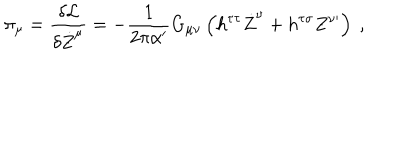
\pi _ { \mu } = \frac { \delta \mathcal { L } } { \delta \dot { Z } ^ { \mu } } = - \frac { 1 } { 2 \pi \alpha ^ { \prime } } G _ { \mu \nu } \left( h ^ { \tau \tau } \dot { Z } ^ { \nu } + h ^ { \tau \sigma } Z ^ { \nu \prime } \right) \ ,